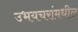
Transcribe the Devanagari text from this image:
उभयचरांमधील